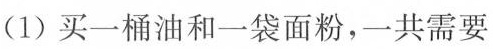
(1)买一桶油和一袋面粉，一共需要